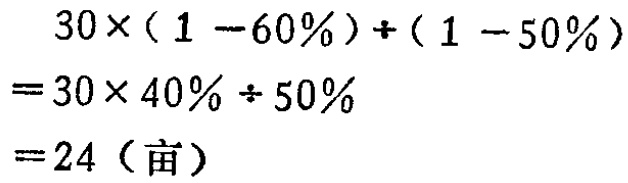
\[

\begin{align*}

&30\times(1 - 60\%)+(1 - 50\%)\\

=&30\times40\%\div50\%\\

=&24（亩）

\end{align*}

\]